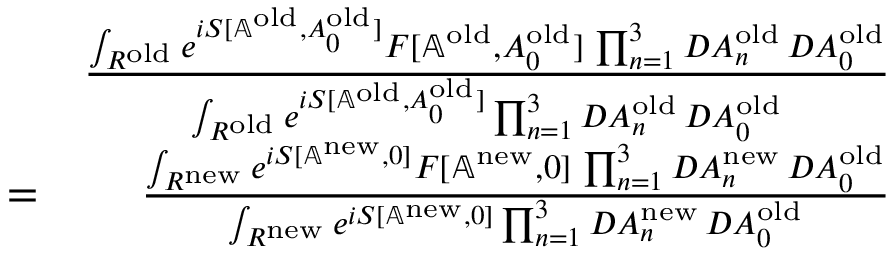
\begin{array} { r l r } & { } & { { \frac { \int _ { { \cal R } ^ { \mathrm { o l d } } } e ^ { i S [ \mathbb { A } ^ { \mathrm { o l d } } , A _ { 0 } ^ { \mathrm { o l d } } ] } F [ \mathbb { A } ^ { \mathrm { o l d } } , A _ { 0 } ^ { \mathrm { o l d } } ] \, \prod _ { n = 1 } ^ { 3 } { \cal D } A _ { n } ^ { \mathrm { o l d } } \, { \cal D } A _ { 0 } ^ { \mathrm { o l d } } } { \int _ { { \cal R } ^ { \mathrm { o l d } } } e ^ { i S [ \mathbb { A } ^ { \mathrm { o l d } } , A _ { 0 } ^ { \mathrm { o l d } } ] } \prod _ { n = 1 } ^ { 3 } { \cal D } A _ { n } ^ { \mathrm { o l d } } \, { \cal D } A _ { 0 } ^ { \mathrm { o l d } } } } } \\ & { = } & { { \frac { \int _ { { \cal R } ^ { \mathrm { n e w } } } e ^ { i S [ \mathbb { A } ^ { \mathrm { n e w } } , 0 ] } F [ \mathbb { A } ^ { \mathrm { n e w } } , 0 ] \, \prod _ { n = 1 } ^ { 3 } { \cal D } A _ { n } ^ { \mathrm { n e w } } \, { \cal D } A _ { 0 } ^ { \mathrm { o l d } } } { \int _ { { \cal R } ^ { \mathrm { n e w } } } e ^ { i S [ \mathbb { A } ^ { \mathrm { n e w } } , 0 ] } \prod _ { n = 1 } ^ { 3 } { \cal D } A _ { n } ^ { \mathrm { n e w } } \, { \cal D } A _ { 0 } ^ { \mathrm { o l d } } } } } \end{array}